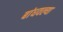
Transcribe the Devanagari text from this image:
बांधवल्या